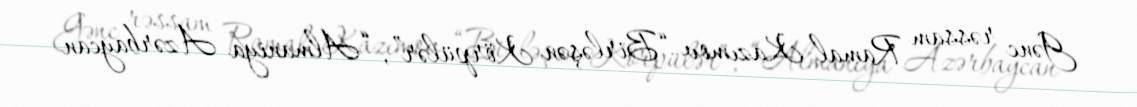
Gənc rəssam Ramal Kazımov “Birləşən Körpülər”, “Almaniya Azərbaycan